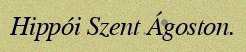
Hippói Szent Ágoston.